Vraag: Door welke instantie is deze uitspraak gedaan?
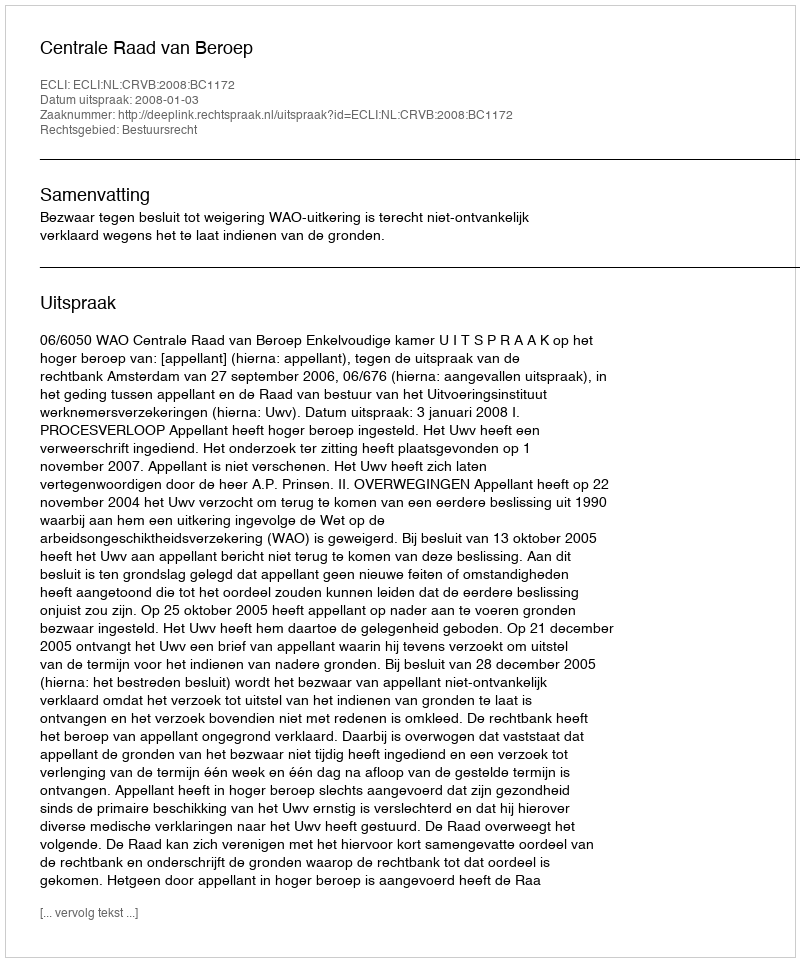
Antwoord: Centrale Raad van Beroep